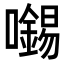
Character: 𡃶